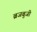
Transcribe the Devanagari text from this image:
ब्रजबुजी